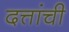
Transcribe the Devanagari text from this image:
दत्तांची